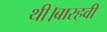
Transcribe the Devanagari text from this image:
थी।बारहवी